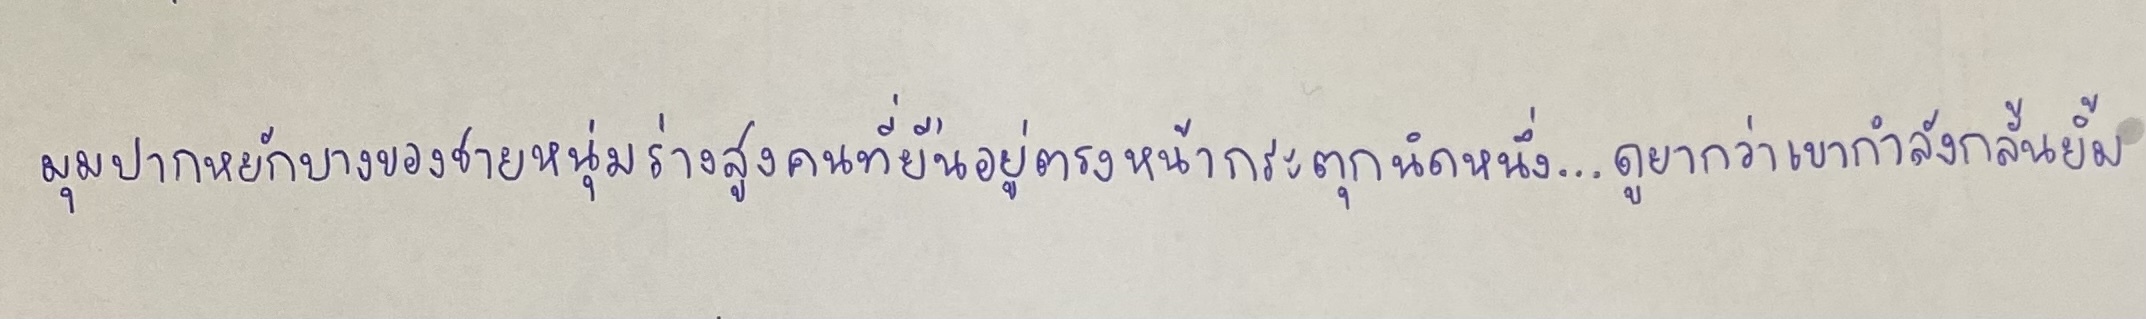
มุมปากหยักบางของชายหนุ่มร่างสูงคนที่ยืนอยู่ตรงหน้ากระตุกนิดหนึ่ง...ดูยากว่าเขากำลังกลั้นยิ้ม